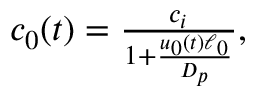
\begin{array} { r } { c _ { 0 } ( t ) = \frac { c _ { i } } { 1 + \frac { u _ { 0 } ( t ) \ell _ { 0 } } { D _ { p } } } , } \end{array}